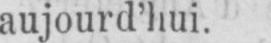
aujourd’hui.